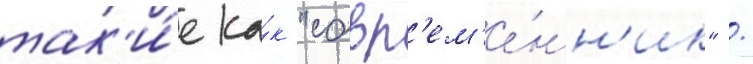
так'и́е ка́к "совр'ем'е́нн'ик" /